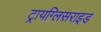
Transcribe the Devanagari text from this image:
ट्रायग्लिसराइड